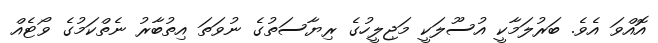
އޮއްވަ އެވެ. ބަރުލަމާކީ އުސޫލަކީ މަޖިލީހުގެ ރިޔާސަތުގެ ނުވަތަ އިތުބާރު ނެތްކަމުގެ ވޯޓެއް